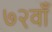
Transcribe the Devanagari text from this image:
७२वाँ